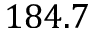
1 8 4 . 7